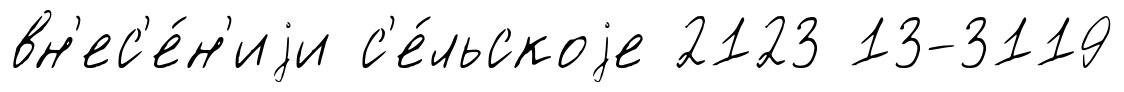
вн'ес'е́н'иjи с'е́льскоjе 2123 13-3119